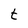
Character: t